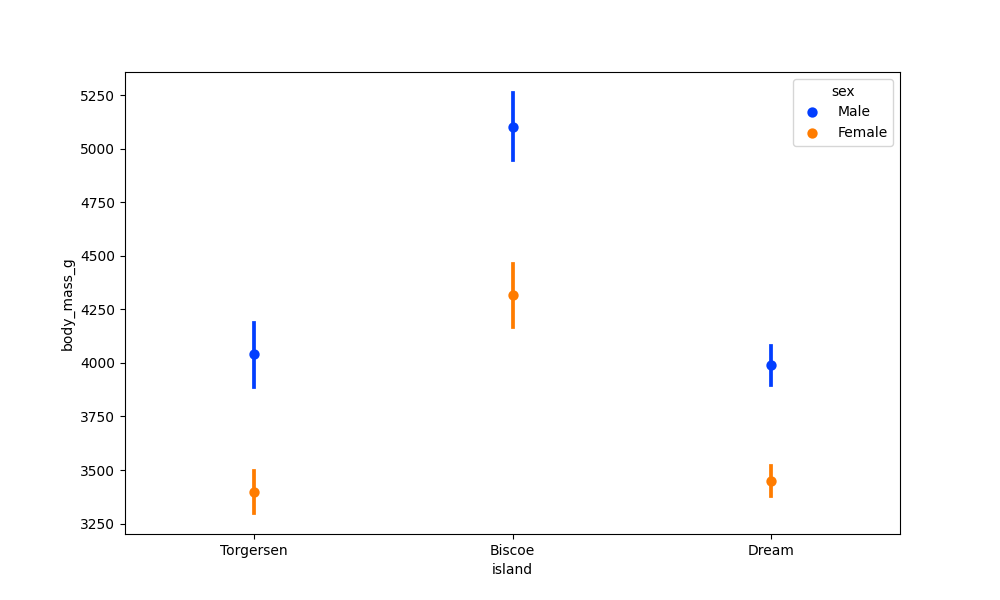
python, seaborn, pointplot, scale=1.0, join=False, hue='sex', palette='bright'